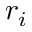
r _ { i }